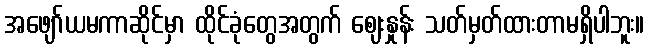
အဖျော်ယမကာဆိုင်မှာ ထိုင်ခုံတွေအတွက် ဈေးနှုန်း သတ်မှတ်ထားတာမရှိပါဘူး။